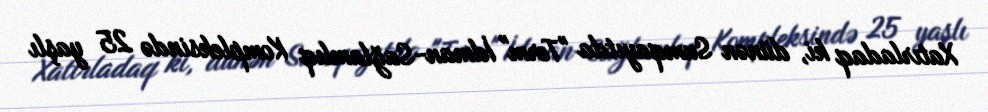
Xatırladaq ki, dünən Sumqayıtda "Term" İdman-Sağlamlıq Kompleksində 25 yaşlı